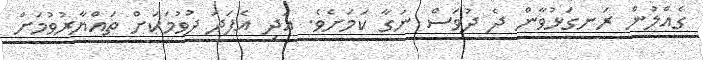
ގެއްލުން ރަނގަޅުވާން ދެ ދުވަސް ނަގާ ކަމަށެވެ. އަދި އެފަދަ ދުވުމަކަށް ތައްޔާރުވުމަށް